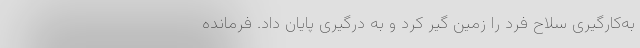
به‌کارگیری سلاح فرد را زمین گیر کرد و به درگیری پایان داد. فرمانده